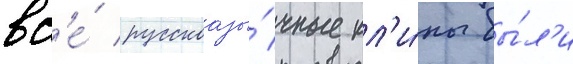
вс'е́ русскоазы́чные кл'и́пы бы́л'и